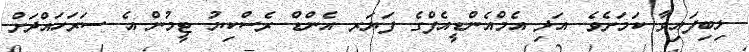
ލިބިފައިވާ ކަމަށެވެ. އަދި އެމްއެންޑީއެފްގެ ފަޔަރ އެންޑް ރެސްކިޔު ޓީމުން އެ ސަރަހައްދަށް